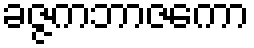
ခဇ္ဇကဘာဇကော